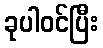
ခုပါဝင်ပြီး